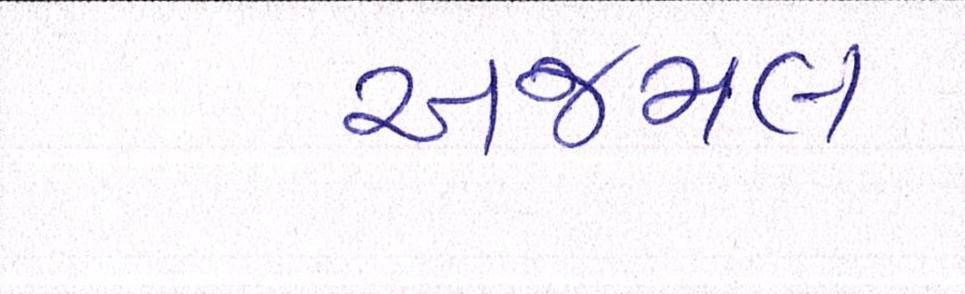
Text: અજમલ